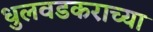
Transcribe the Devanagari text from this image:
धुलवडकराच्या